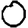
Digit: 0